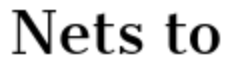
Nets to